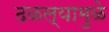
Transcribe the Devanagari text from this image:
ढळल्यामुळे